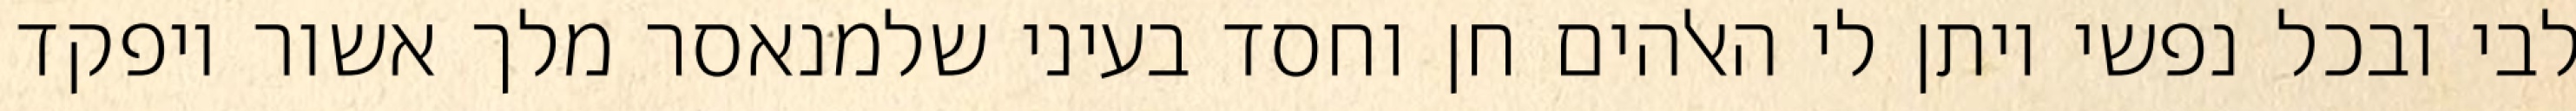
לבי ובכל נפשי ויתן לי האלהים חן וחסד בעיני שלמנאסר מלך אשור ויפקד